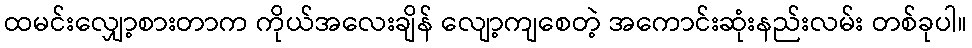
ထမင်းလျှော့စားတာက ကိုယ်အလေးချိန် လျော့ကျစေတဲ့ အကောင်းဆုံးနည်းလမ်း တစ်ခုပါ။